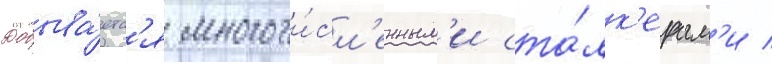
Добыва́етс'я многочи́сл'енным'и ста́лк'ерам'и /